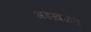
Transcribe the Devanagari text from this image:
अडख़ळत